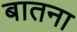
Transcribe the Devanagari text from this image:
बातना